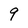
Character: 9